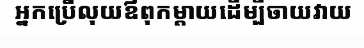
អ្នកប្រើលុយឪពុកម្តាយដើម្បីចាយវាយ